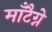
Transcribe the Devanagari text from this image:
माँटैग्ने